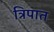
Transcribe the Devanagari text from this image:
त्रिपात